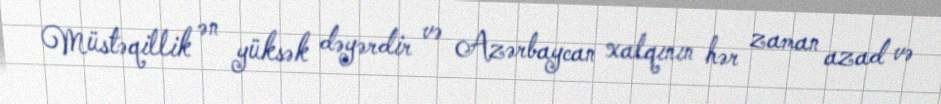
Müstəqillik ən yüksək dəyərdir və Azərbaycan xalqının hər zaman azad və